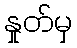
နှုတ်မှ